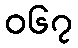
၀၆၇